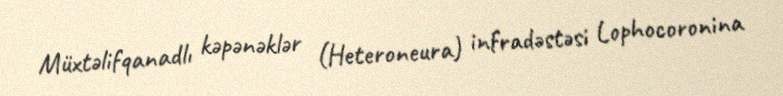
Müxtəlifqanadlı kəpənəklər (Heteroneura) infradəstəsi Lophocoronina